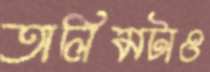
তালিমটাও